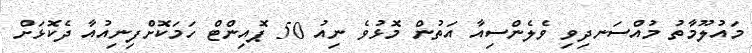
މައުލޫމާތު މުއްސަނދިވި ވެލެންސިއާ އަތުން މޮޅުވެ ނިއު 50 ޕޮއިންޓް ހަމަކޮށްފިނިއުއާ ދެކޮޅަށް